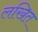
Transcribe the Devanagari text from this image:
लखित